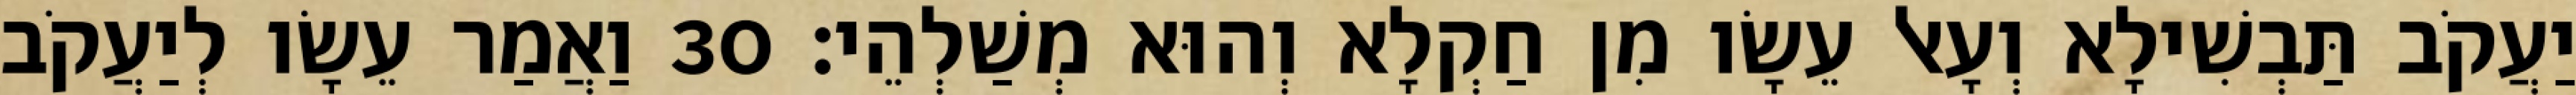
יַעֲקֹב תַּבְשִׁילָא וְעָאל עֵשָׂו מִן חַקְלָא וְהוּא מְשַׁלְהֵי׃ 30 וַאֲמַר עֵשָׂו לְיַעֲקֹב